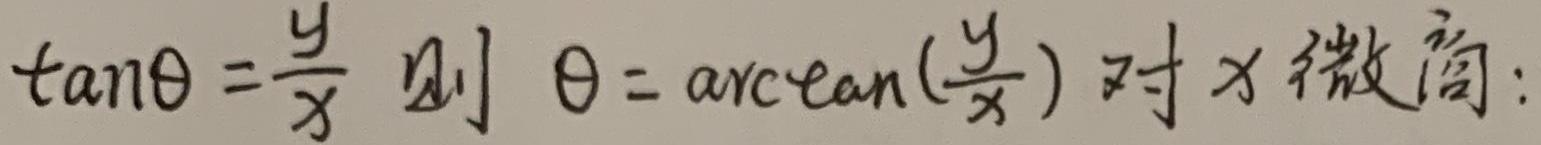
$\tan\theta=\frac{y}{x}\ $则$\ \theta = \arctan(\frac{y}{x})\ $对\ x\ 微商: